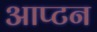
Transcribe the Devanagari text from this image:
आप्टन